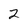
Character: 2